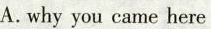
A.why you came here